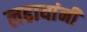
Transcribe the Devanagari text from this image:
लढायांनी